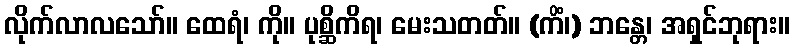
လိုက်လာလသော်။ ထေရံ၊ ကို။ ပုစ္ဆိကိရ၊ မေးသတတ်။ (ကိံ၊) ဘန္တေ၊ အရှင်ဘုရား။